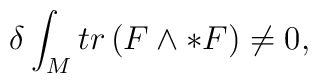
\delta \int_{M} tr\left( F\wedge * F \right) \neq 0,